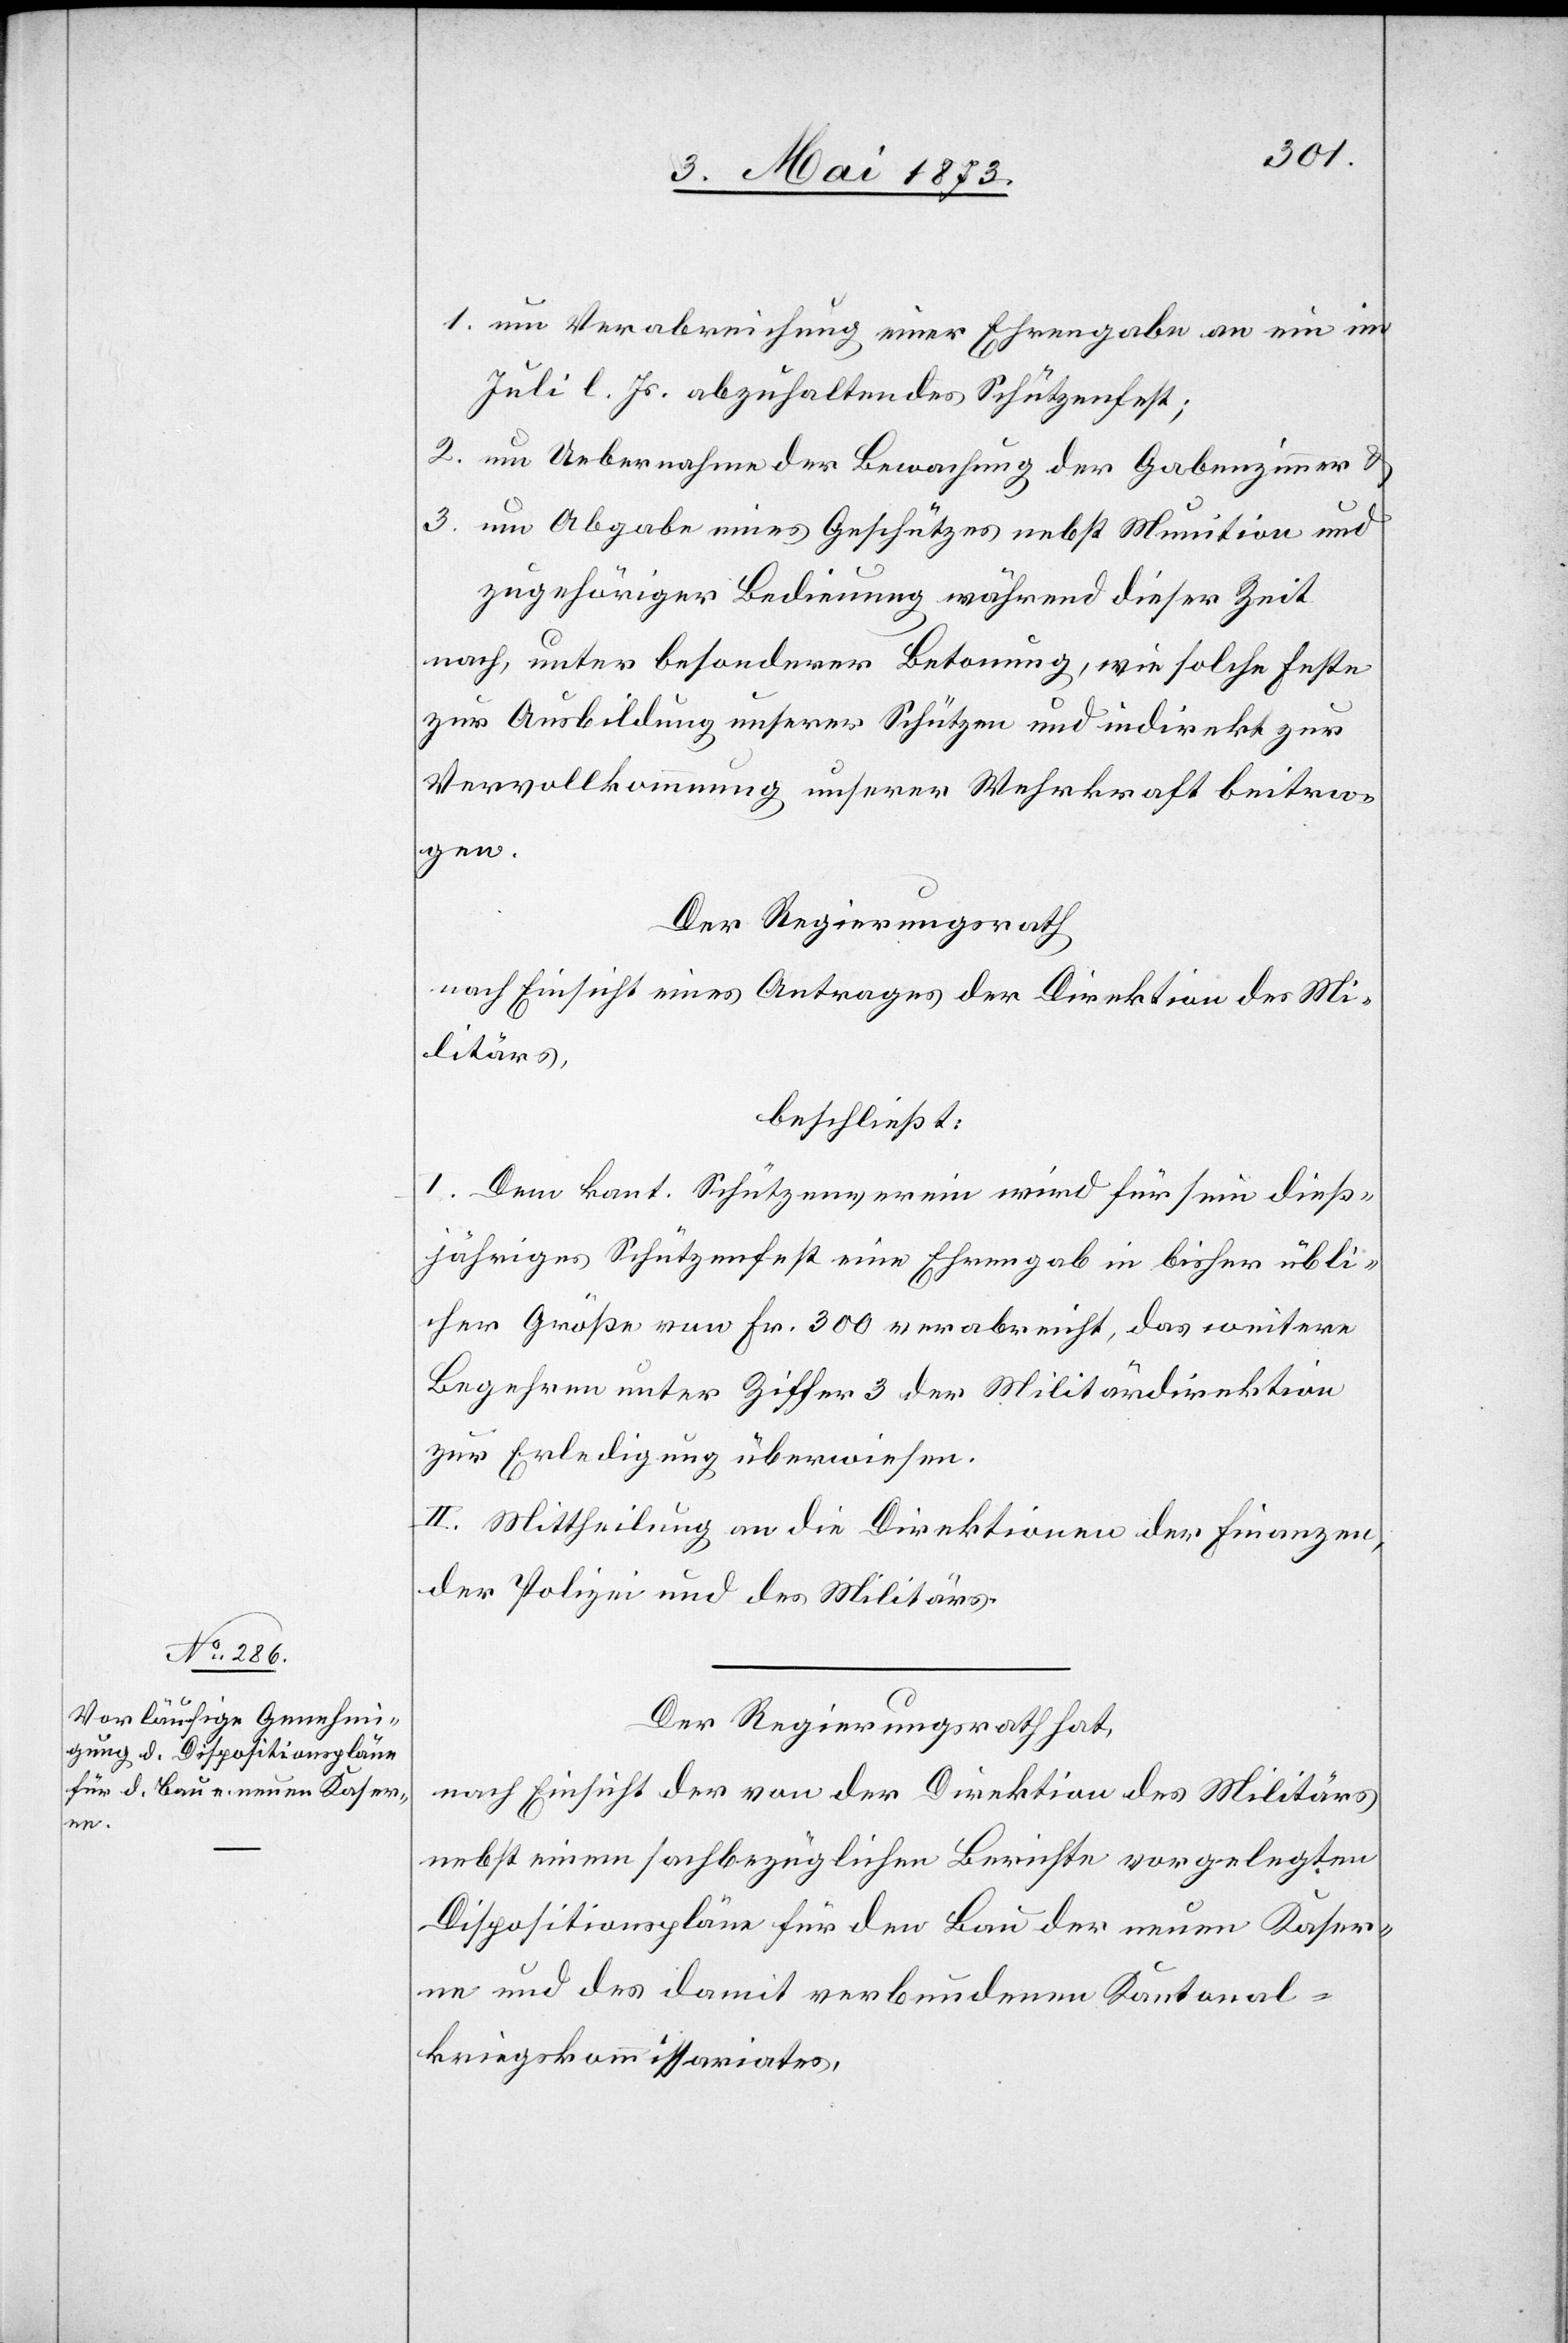
1. um Verabreichung einer Ehrengabe an ein im
Juli l. Js. abzuhaltendes Schützenfest;
2. um Uebernahme der Bewachung der Gabenzimmer &
3. um Abgabe eines Geschützes nebst Munition und
zugehöriger Bedienung während dieser Zeit
nach, unter besonderer Betonung, wie solche Feste
zur Ausbildung unserer Schützen und indirekt zur
Vervollkommnung unserer Wehrkraft beitra¬
gen.
Der Regierungsrath
nach Einsicht eines Antrages der Direktion des Mi¬
litärs,
beschließt:
I. Dem kant. Schützenverein wird für sein dieß¬
ähriges Schützenfest eine Ehrengab in bisher übli¬
cher Größe von Fr. 300 verabreicht, das weitere
Begehren unter Ziffer 3 der Militärdirektion
zur Erledigung überwiesen.
II. Mittheilung an die Direktion der Finanzen,
der Polizei und des Militärs.
Der Regierungsrath hat,
nach Einsicht der von der Direktion des Militärs
nebst einem sachbezüglichen Berichte vorgelegten
Dispositionspläne für den Bau der neuen Kaser¬
ne und des damit verbundenen Kantonal¬
kriegskommissariates,